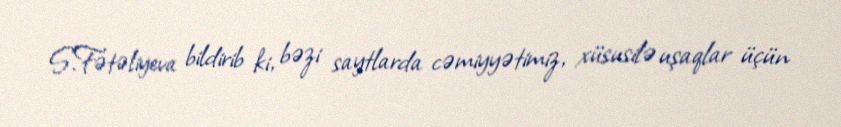
S.Fətəliyeva bildirib ki, bəzi saytlarda cəmiyyətimiz, xüsusilə uşaqlar üçün